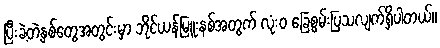
ပြီးခဲ့တဲ့နှစ်တွေအတွင်းမှာ ဘိုင်ယန်မြူးနစ်အတွက် လုံးဝ ခြေစွမ်းပြသလျက်ရှိပါတယ်။